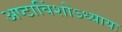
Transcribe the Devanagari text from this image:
अष्टाविंशोऽध्यायः